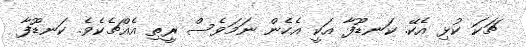
ޗަކަ ކުޅި އެކޭ. ކަނޑޫފާ އަކީ އެހެން ނަމަވެސް ރީތި އެއްޗެކެވެ. ކަނޑޫފާ